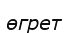
өгрет